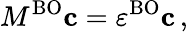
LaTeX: M^{\mathrm{BO}}\mathbf{c}=\varepsilon^{\mathrm{BO}}\mathbf{c}\, ,